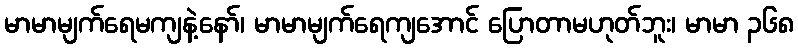
မာမာမျက်ရေမကျနဲ့နော်၊ မာမာမျက်ရေကျအောင် ပြောတာမဟုတ်ဘူး၊ မာမာ ၃၆၈